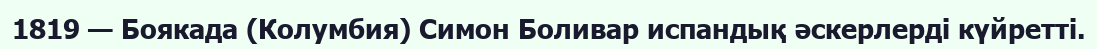
1819 — Боякада (Колумбия) Симон Боливар испандық әскерлерді күйретті.